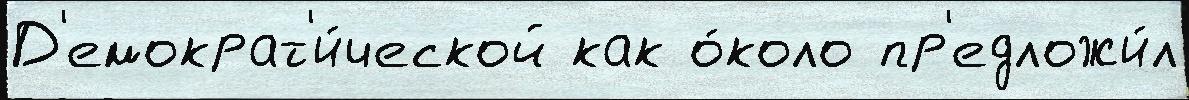
Д'емократ'и́ческой как о́коло пр'едложи́л